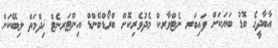
އާބާދީގެ ބޮޑު ބަޔަކަށް ފައިބަރ ނެޓްވާރކް މެދުވެރިކޮށް ބްރޯޑްބޭންޑް އިންޓަރނެޓް ޚިދްމަތް ލިބޭކަން